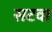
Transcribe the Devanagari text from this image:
सटवा